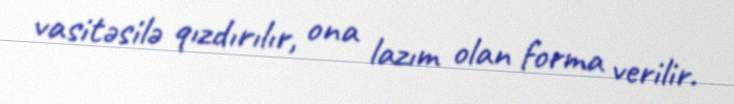
vasitəsilə qızdırılır, ona lazım olan forma verilir.